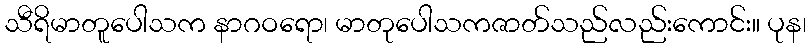
သီရိမာတူပေါသက နာဂဝရော၊ မာတုပေါသကဇာတ်သည်လည်းကောင်း။ ပုန၊